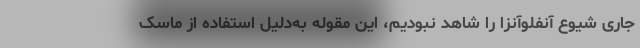
جاری شیوع آنفلوآنزا را شاهد نبودیم، این مقوله به‌دلیل استفاده از ماسک